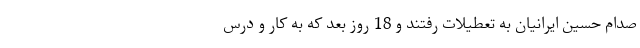
صدام حسین ایرانیان به تعطیلات رفتند و 18 روز بعد که به کار و درس